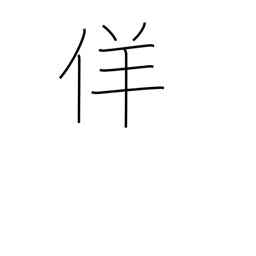
Meaning: false